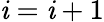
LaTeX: \mathit{i}=\mathit{i}+1